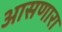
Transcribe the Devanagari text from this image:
आसणारा